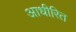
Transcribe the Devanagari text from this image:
आधीरित